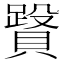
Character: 𧷥